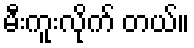
မီးကူးလိုက် တယ်။